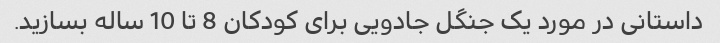
داستانی در مورد یک جنگل جادویی برای کودکان 8 تا 10 ساله بسازید.